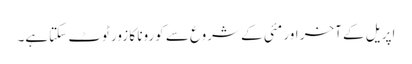
اپریل کے آخر اور مئی کے شروع سے کورونا کا زور ٹوٹ سکتاہے۔